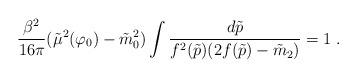
LaTeX: \begin{align*}{\frac {\beta^2}{16\pi}}(\tilde{\mu}^2(\varphi_0)-\tilde{m}_0^2)\int{d\tilde{p}\over f^{2}(\tilde{p})(2f(\tilde{p})-\tilde{m}_2)}=1 \;.\end{align*}